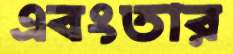
এবংতার